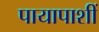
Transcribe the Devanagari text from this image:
पायापाशीं